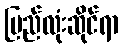
ပြည်လုံးဆိုင်ရာ